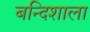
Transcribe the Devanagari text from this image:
बन्दिशाला